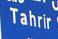
tahrir